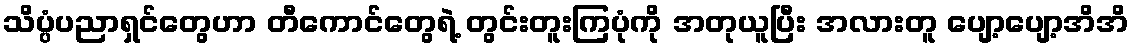
သိပ္ပံပညာရှင်တွေဟာ တီကောင်တွေရဲ့ တွင်းတူးကြပုံကို အတုယူပြီး အလားတူ ပျော့ပျော့အိအိ